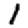
Digit: 1